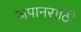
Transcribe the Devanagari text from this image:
जपानसाठी